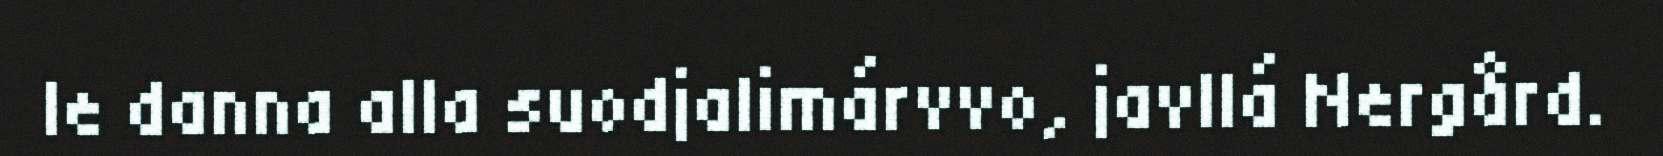
le danna alla suodjalimárvvo, javllá Nergård.